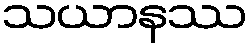
သယာနဿ